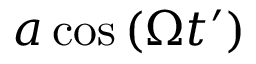
a \cos { \left( \Omega t ^ { \prime } \right) }